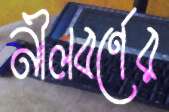
নীলবর্ণের